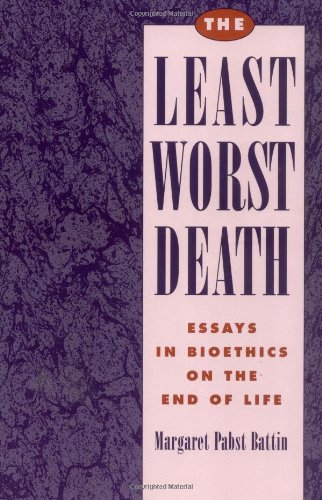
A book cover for The Least Worst Death: Essays in Bioethics on the End of Life (Monographs in Epidemiology and); Margaret Pabst Battin; Medical Books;